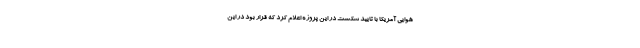
هوایی آمریکا با تایید شکست در این پروژه اعلام کرد که قرار بود در این